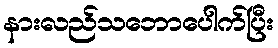
နားလည်သဘောပေါက်ပြီး